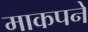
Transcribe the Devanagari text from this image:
माकपने